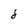
Character: 8